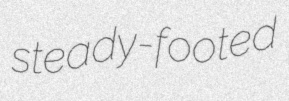
steady-footed